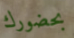
بحضورك